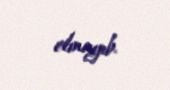
olmayıb.